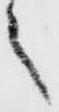
之